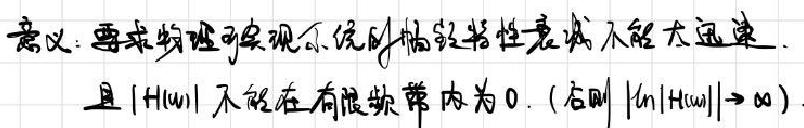
意义：要求物理可实现系统的幅频特性衰减不能太迅速，且$|H(\omega)|$不能在有限频带内为0.（否则$\int_{-\infty}^{\infty}|H(\omega)|\to\infty$）